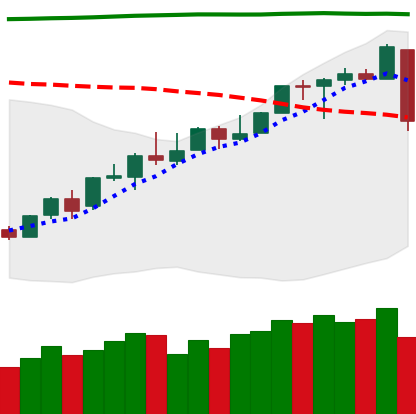
Ticker: LINK-USD
Chart end date: 2018-04-25
Forward return: 25.399%
Label: up_7plus